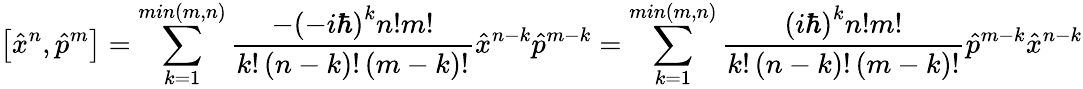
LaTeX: \left[{\hat{x}}^{n},{\hat{p}}^{m}\right]=\sum_{k=1}^{min\left(m,n\right)}{{\frac{-\left(-i\hbar\right)^{k}n!m!}{k!\left(n-k\right)!\left(m-k\right)!}}{\hat{x}}^{n-k}{\hat{p}}^{m-k}}=\sum_{k=1}^{min\left(m,n\right)}{{\frac{\left(i\hbar\right)^{k}n!m!}{k!\left(n-k\right)!\left(m-k\right)!}}{\hat{p}}^{m-k}{\hat{x}}^{n-k}}